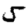
Digit: 5